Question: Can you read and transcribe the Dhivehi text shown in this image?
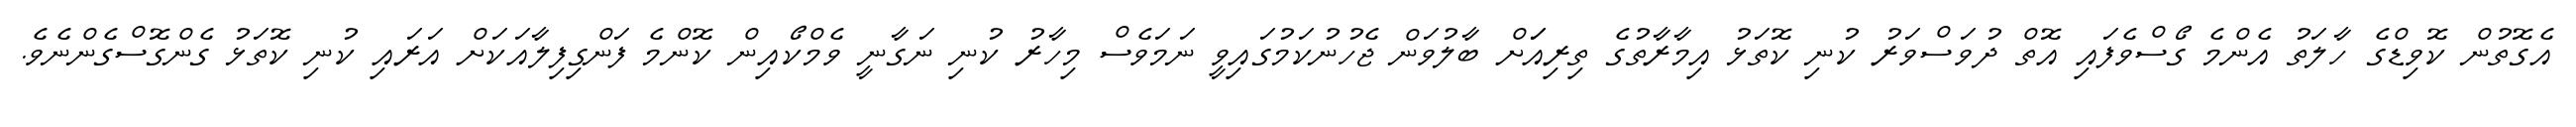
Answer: އެގޮތުން ކޮވިޑްގެ ހާލަތު އެންމެ ގޯސްވެފައި އޮތް ދުވަސްވަރު ކުނި ކޮތަޅު އިމާރާތުގެ ތިރިއަަށް ބާލުވަން ޖެހުނުކަމުގައިވީ ނަމަވެސް މިހާރު ކުނި ނަގާނީ ވެމްކޯއިން ކޮންމެ ފަންގިފިލާއަކަށް އަރައި ކުނި ކޮތަޅު ގެންގޮސްގެންނެވެ.